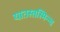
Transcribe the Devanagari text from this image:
यातस्तस्मिन्न्व